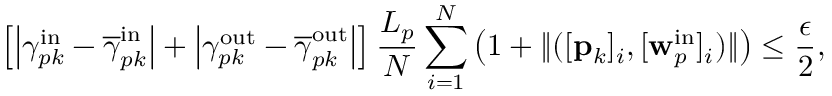
\left[ \left| \gamma _ { p k } ^ { \mathrm { i n } } - \overline { { \gamma } } _ { p k } ^ { \mathrm { i n } } \right| + \left| \gamma _ { p k } ^ { \mathrm { o u t } } - \overline { { \gamma } } _ { p k } ^ { \mathrm { o u t } } \right| \right] \frac { L _ { p } } { N } \sum _ { i = 1 } ^ { N } \left( 1 + \| ( [ \mathbf { p } _ { k } ] _ { i } , [ \mathbf { w } _ { p } ^ { \mathrm { i n } } ] _ { i } ) \| \right) \leq \frac { \epsilon } { 2 } ,